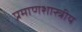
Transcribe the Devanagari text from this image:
प्रमाणशास्त्रीय